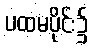
ပထမပိုင်း၌